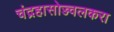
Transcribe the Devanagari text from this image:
चंद्रहासोज्ज्वलकरा